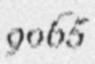
9065